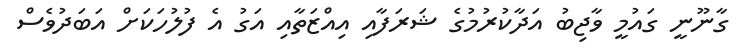
ގާނޫނީ ގައުމީ ވާޖިބު އަދާކުރުމުގެ ޝަރަފާއި އިއްޒަތާއި އަގު އެ ފުލުހަކަށް އަބަދުވެސް